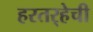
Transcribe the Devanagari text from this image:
हरतर्‍हेची